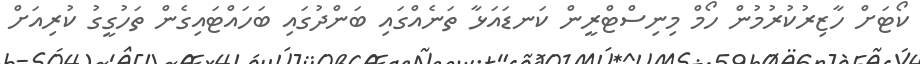
ކޯޓަށް ހާޒިރުކުރުމުން ހޯމް މިނިސްޓްރީން ކަނޑައަޅާ ތަނެއްގައި ބަންދުގައި ބަހައްޓައިގެން ތަހުގީގު ކުރިއަށް